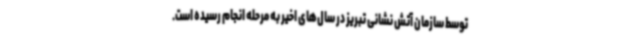
توسط سازمان آتش نشانی تبریز در سال‌های اخیر به مرحله انجام رسیده است.